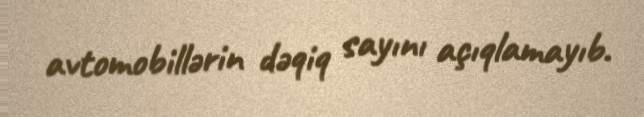
avtomobillərin dəqiq sayını açıqlamayıb.